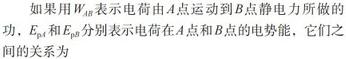
如果用$W_{AB}$表示电荷由$A$点运动到$B$点静电力所做的功，$E_{pA}$和$E_{pB}$分别表示电荷在$A$点和$B$点的电势能，它们之间的关系为